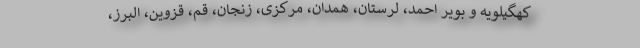
کهگیلویه و بویر احمد، لرستان، همدان، مرکزی، زنجان، قم، قزوین، البرز،